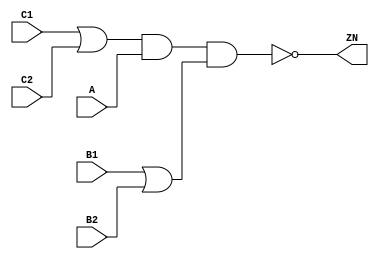
module OAI221_X4 (A, B1, B2, C1, C2, ZN);
  input A;
  input B1;
  input B2;
  input C1;
  input C2;
  output ZN;

  not(ZN, i_24);
  not(i_24, i_25);
  not(i_25, i_26);
  and(i_26, i_27, i_29);
  and(i_27, i_28, A);
  or(i_28, C1, C2);
  or(i_29, B1, B2);


endmodule